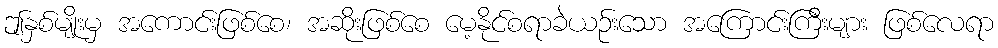
ဤနှစ်မျိုးမှ အကောင်းဖြစ်စေ၊ အဆိုးဖြစ်စေ မေ့နိုင်စရာခဲယဉ်းသော အကြောင်းကြီးများ ဖြစ်လေရာ